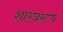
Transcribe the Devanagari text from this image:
शास्त्ररूप